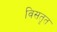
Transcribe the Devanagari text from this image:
विसतृत